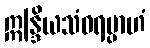
ဣန္ဒြိယသံဝရမ္ပာဟံ